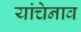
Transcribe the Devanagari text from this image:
यांचेनाव